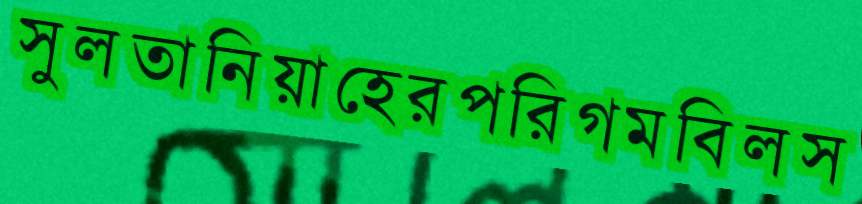
সুলতানিয়াহেরপরিগমবিলস